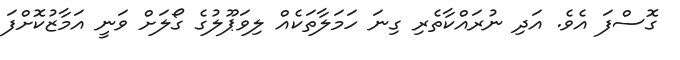
ގޮސްފަ އެވެ. އަދި ނުރައްކާތެރި ގިނަ ހަމަލާތަކެއް ލިވަޕޫލުގެ ގޯލަށް ވަނީ އަމާޒުކޮށްފަ